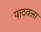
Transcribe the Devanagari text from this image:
पाठवला